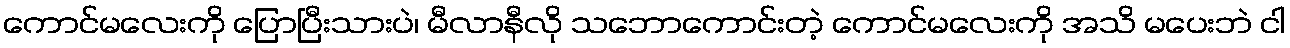
ကောင်မလေးကို ပြောပြီးသားပဲ၊ မီလာနီလို သဘောကောင်းတဲ့ ကောင်မလေးကို အသိ မပေးဘဲ ငါ